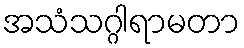
အသံသဂ္ဂါရာမတာ